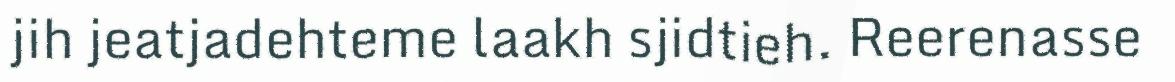
jih jeatjadehteme laakh sjidtieh. Reerenasse